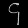
Digit: ၄